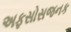
અફસોસજનક